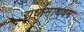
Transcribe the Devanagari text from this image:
राधामाधवम